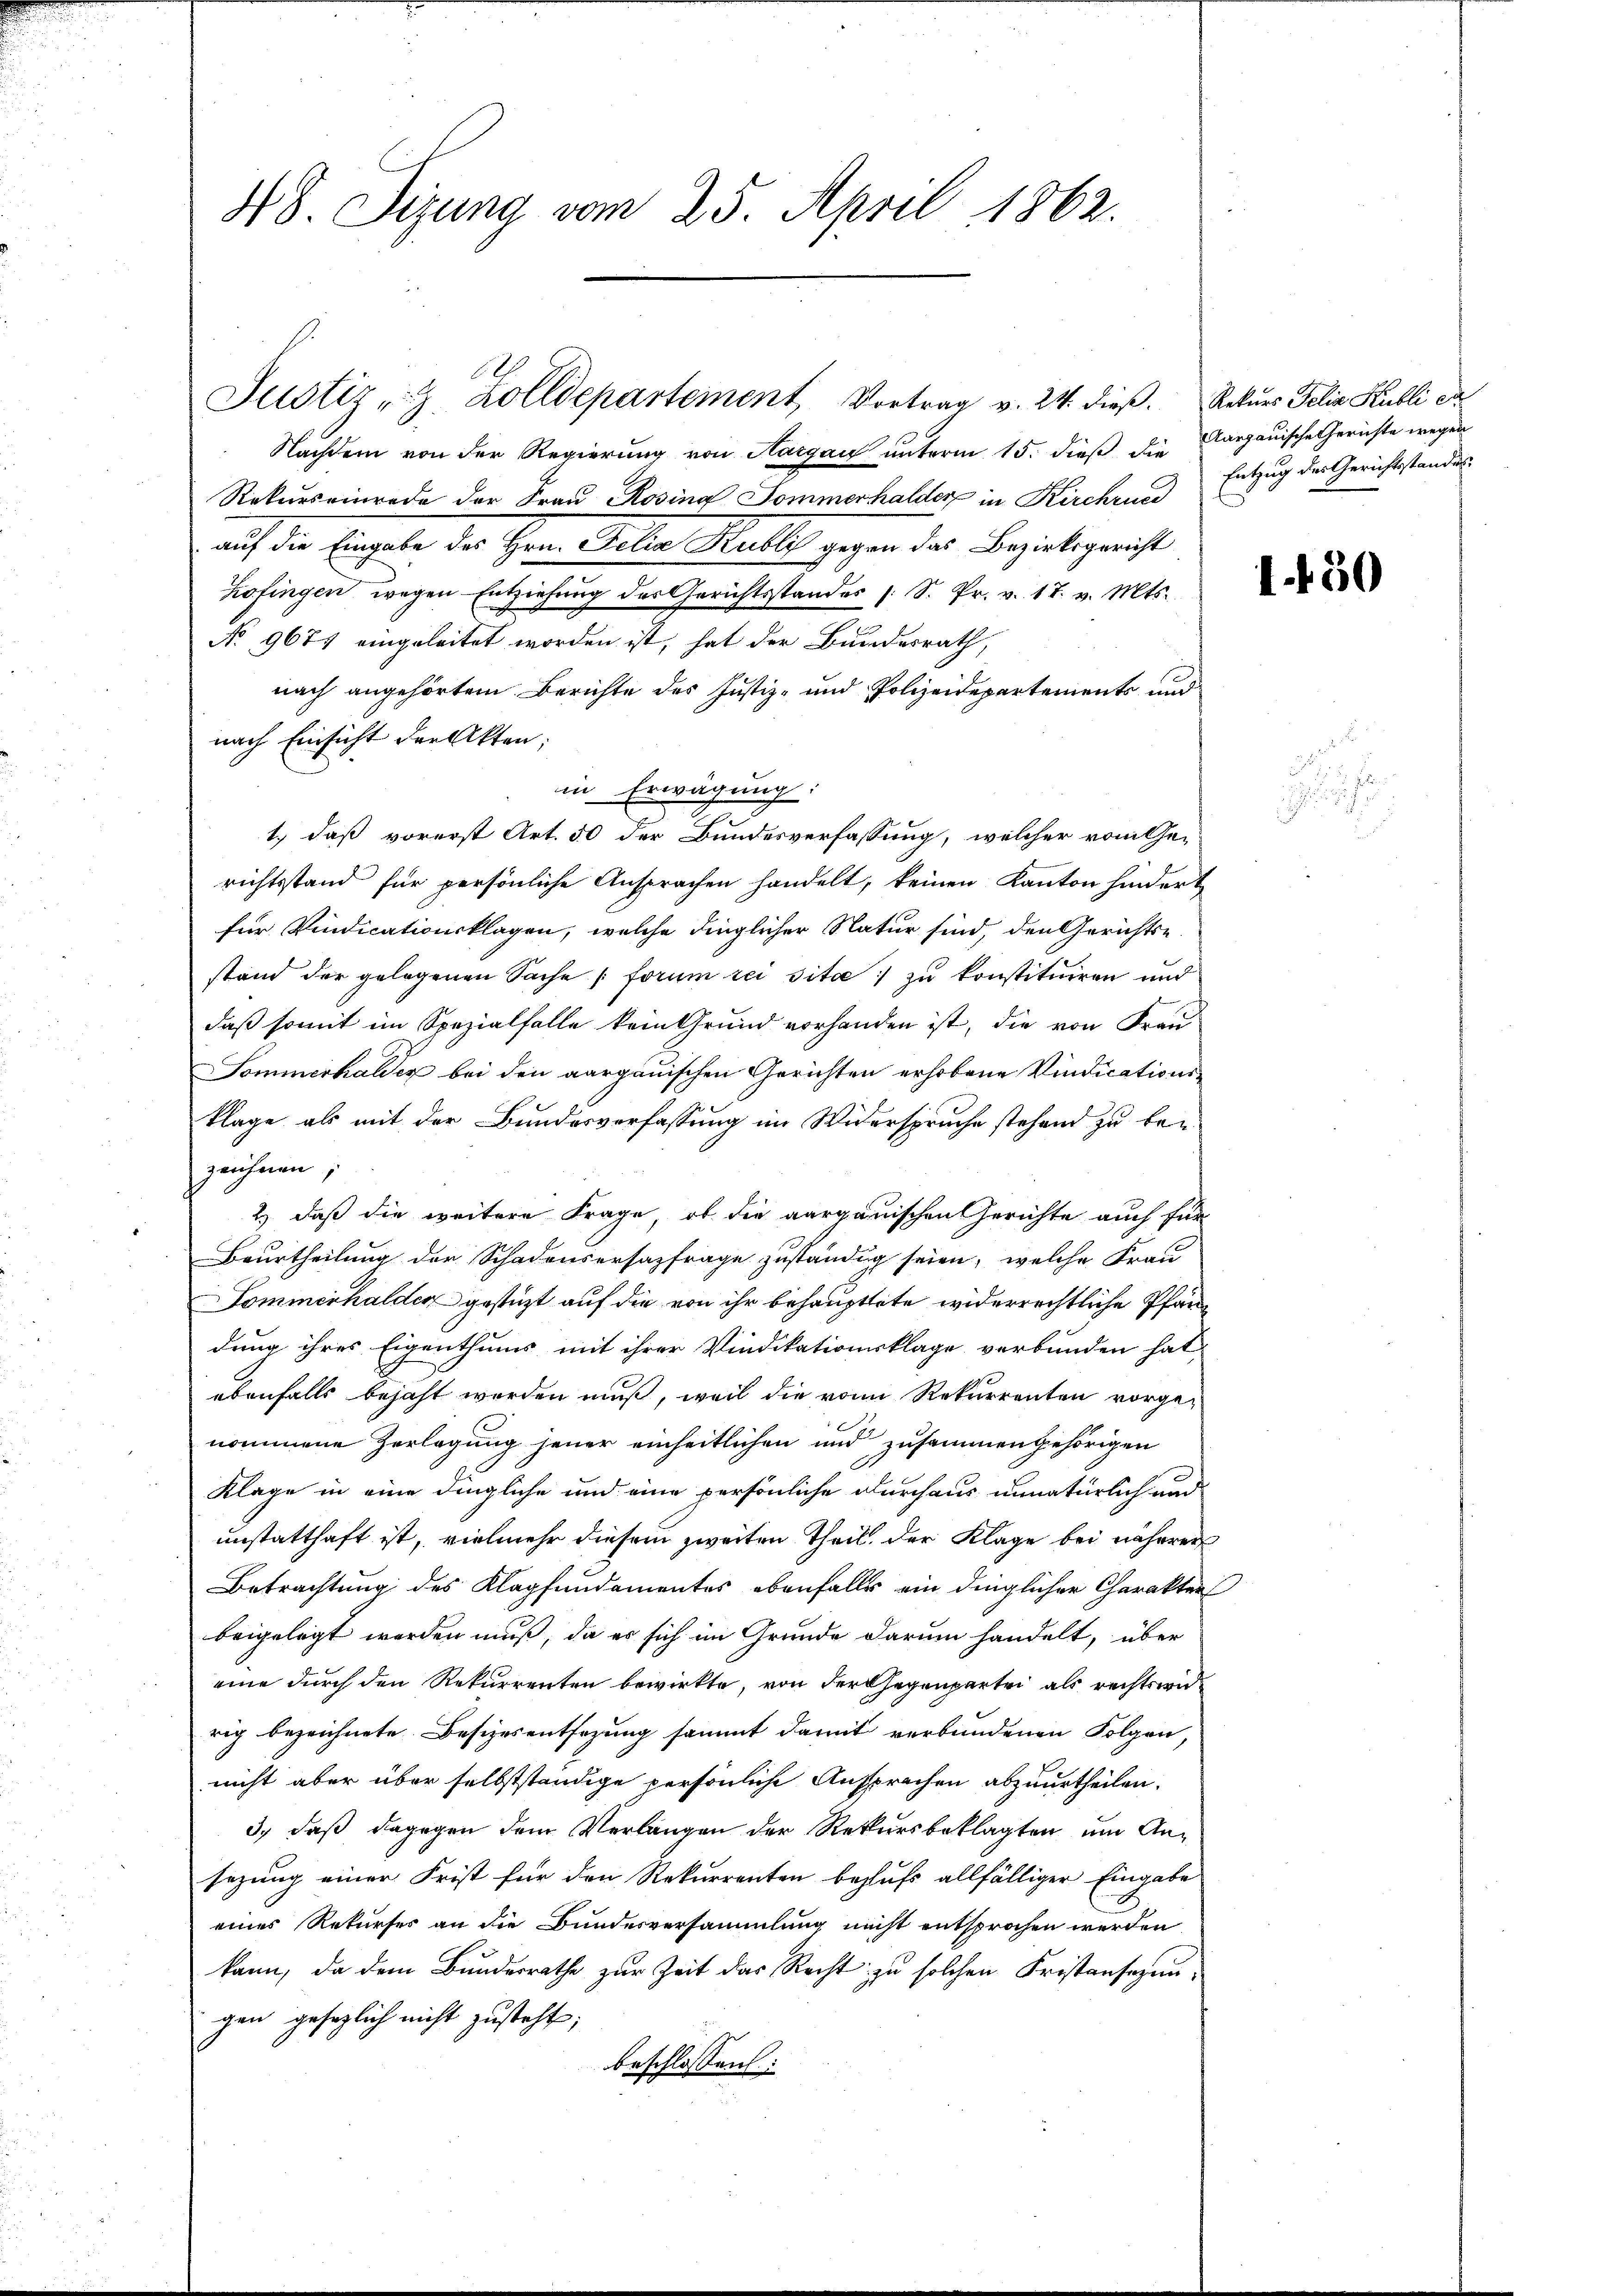
48. Sizung vom 25. April 1862.

Nachdem von der Regierung von Hargau unterm 15. dieß die Aargauische Gerichte wegen
Rekurseinrede der Frau Rosina Sommerhalder in Kirchsund
auf die Eingabe der Herr Sella Malls gegen das Bezirksgericht
Zofingen wegen Entziehung des Gerichtsstandes 1 S. Pr. v. 17. v. Mts.
No 9677 eingeleitet worden ist, hat der Bundesrath,
nach angehörtem Berichte des Justiz- und Polizeidepartements und
nach Einsicht der Akten;
in Erwägung:
1.) daß vorerst Art. 50 der Bundesverfassung, welcher vom Ge-
richtsstand für persönliche Ansprachen handelt, keinen Kanton hindert
für Vindicationsklagen, welche dinglicher Natur sind, den Gerichtse
stand der gelegenen Sache forum reisita zu konstituiren und
daß somit im Spezialfalle kein Grund vorhanden ist, die von Frau
Sommerhalder bei den aargauischen Gerichten erhobene Vindicationsklage als mit der Bundesverfassung im Widerspruche stehend zu bezeichnen,
2.) daß die weitere Frage, ob die aargauischen Gerichte auch für
Beurtheilung der Schadensersazfrage zuständig seien, welche Frau
Pommerhalder gestüzt auf die von ihr behaupttete widerrechtliche Pfardung ihres Eigenthums mit ihrer Vindikationsklage verbunden hat,
ebenfalls bejaht worden muß, weil die von Rekurrenten vorgenommene Zerlegung jener einheitlichen und zusammengehörigen
Klage in eine dingliche und eine persönliche Durchaus unnatürlich und
unstatthaft ist, vielmehr diesem zweiten Theil, der Klage bei näherer
Betrachtung des Klagfundamentes ebenfalls ein dinglichen Charakter
beigelegt werden muß, da er sich im Grunde darum handelt, über
eine durch den Rekurrenten bewirkte, von der Gegenpartei als rechtswid
rig bezeichnete Besizesentsezung sammt damit verbundenen Folgen,
nicht aber über selbstständige persönliche Ansprachen abzuurtheilen.
3., daß dagegen dem Verlangen der Rekursbeklagten um Ansezung einer Frist für den Rekurrenten behufs allfälliger Eingabe
eines Rekurses an die Bundesversammlung nicht entsprochen werden
kann, da dem Bundesrathe zur Zeit das Recht zu solchen Fristansazungen gesezlich nicht zusteht;
beschlossen:

e
Justiz, z. Zolldepartement, Vortrag v. 24. dieß. Rekurs Felix Kubli da

Entzug des Gerichtsstandes

1.450